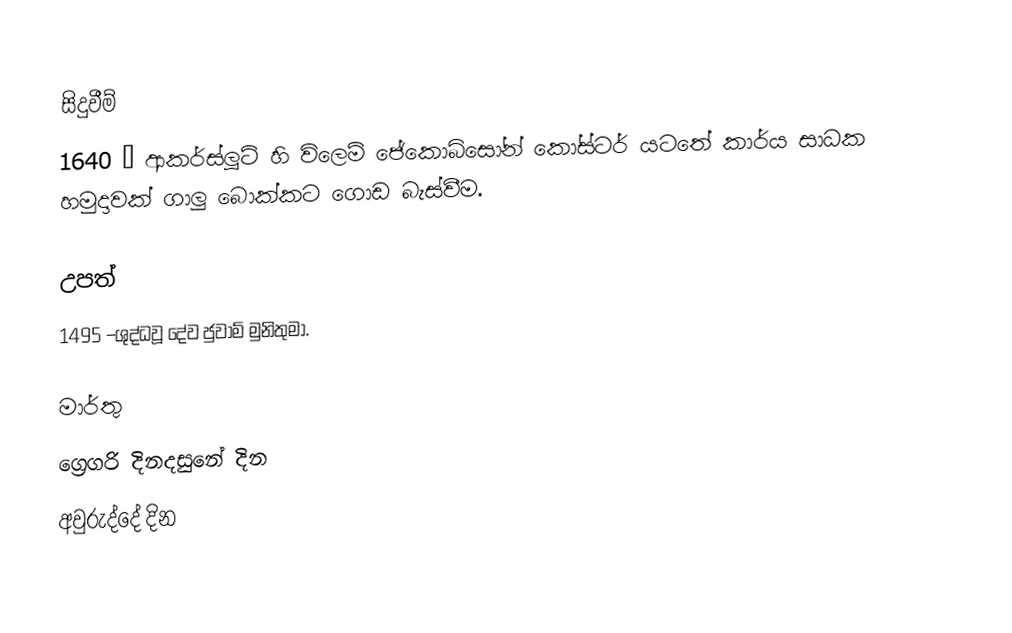

සිදුවීම්
1640 –  ආකර්ස්ලූට් හි විලෙම් ජේකොබ්සෝන් කෝස්ටර් යටතේ කාර්ය සාධක හමුදාවක් ගාලු බොක්කට ගොඩ බැස්වීම.

උපත්
1495 –ශුද්ධවූ දේව ජුවාම් මුනිතුමා.

මාර්තු
ග්‍රෙගරි දිනදසුනේ දින
අවුරුද්දේ දින